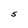
Character: S